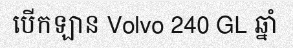
បើកឡាន Volvo 240 GL ឆ្នាំ